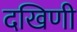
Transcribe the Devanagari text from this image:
दखिणी